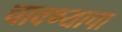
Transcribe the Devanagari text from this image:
चावण्याचा